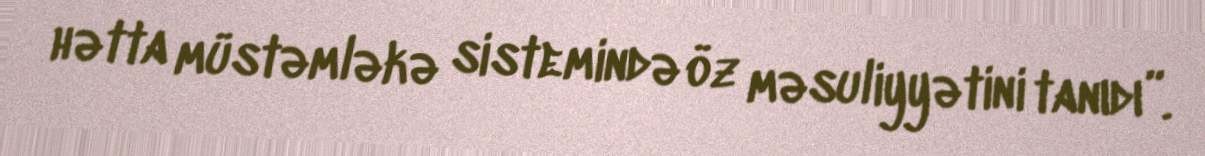
hətta müstəmləkə sistemində öz məsuliyyətini tanıdı”.